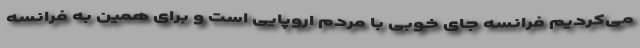
می‌کردیم فرانسه جای خوبی با مردم اروپایی است و برای همین به فرانسه